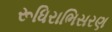
રૂધિરાભિસરણ